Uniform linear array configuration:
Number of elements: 48
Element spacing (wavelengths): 0.25
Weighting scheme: kaiser
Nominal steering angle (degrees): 30
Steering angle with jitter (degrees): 28.007
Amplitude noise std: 0.05
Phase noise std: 0.05

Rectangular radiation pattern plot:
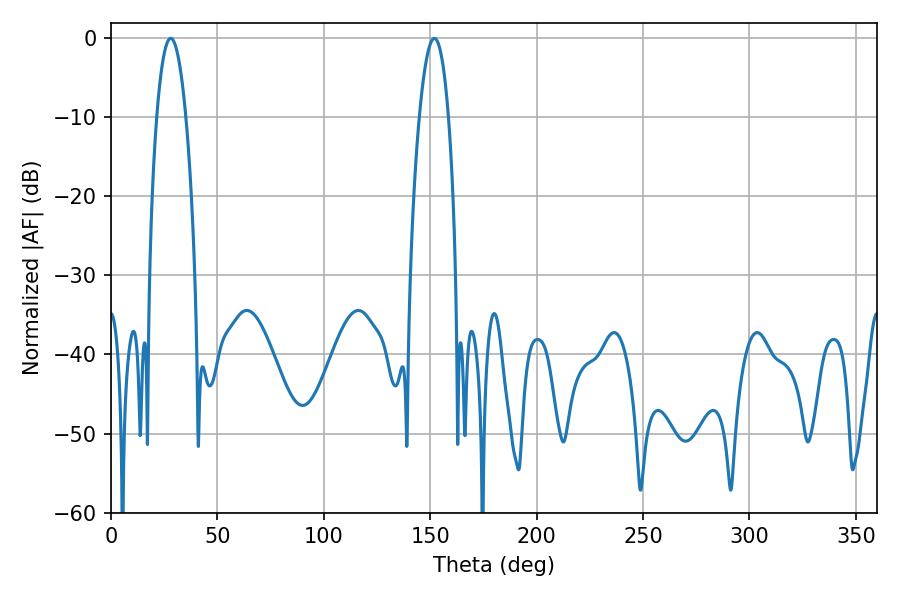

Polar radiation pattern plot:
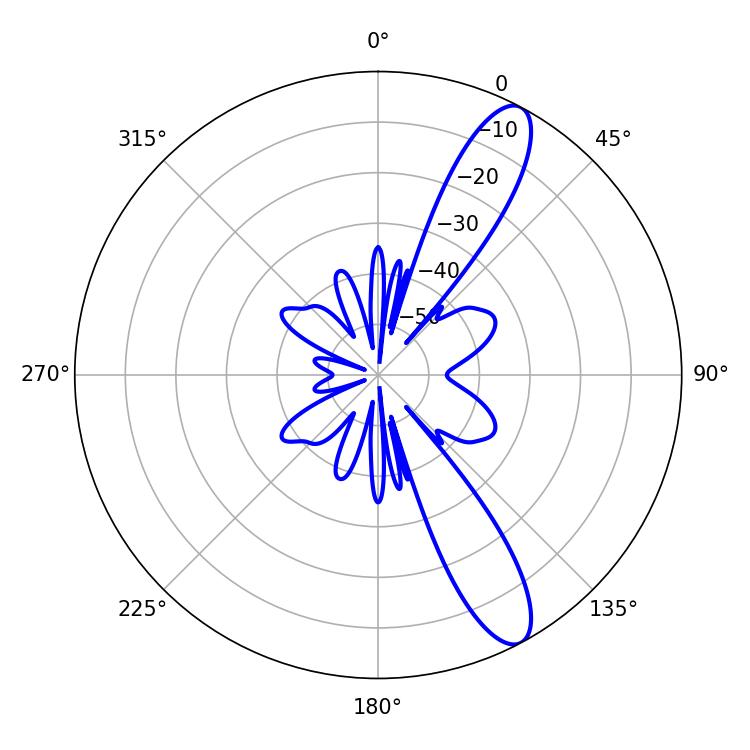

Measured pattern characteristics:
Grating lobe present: FALSE
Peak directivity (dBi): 11.735
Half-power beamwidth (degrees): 7.56
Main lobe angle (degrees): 28.08